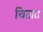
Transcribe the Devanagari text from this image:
चितारा